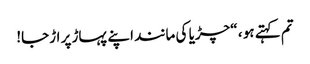
تم کہتے ہو ، “چڑیا کی مانند اپنے پہاڑ پر اڑجا!